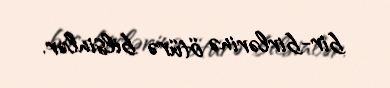
bir-birlərinə ötürə bilsinlər.